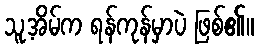
သူ့အိမ်က ရန်ကုန်မှာပဲ ဖြစ်၏။